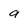
Character: 9